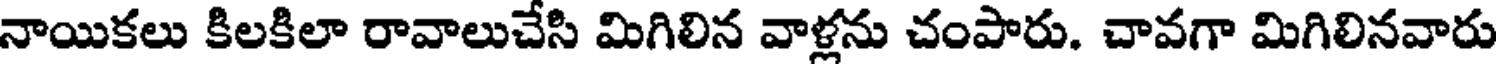
నాయికలు కిలకిలా రావాలుచేసి మిగిలిన వాళ్లను చంపారు. చావగా మిగిలినవారు